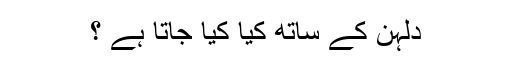
دلہن کے ساتھ کیا کیا جاتا ہے ؟